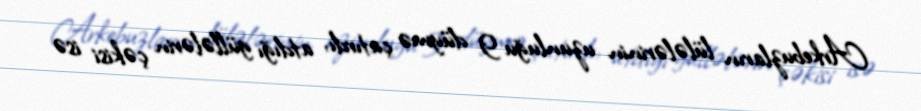
Arkebuzların lülələrinin uzunluğu 9 düymə çatırdı, atdığı güllələrin çəkisi isə